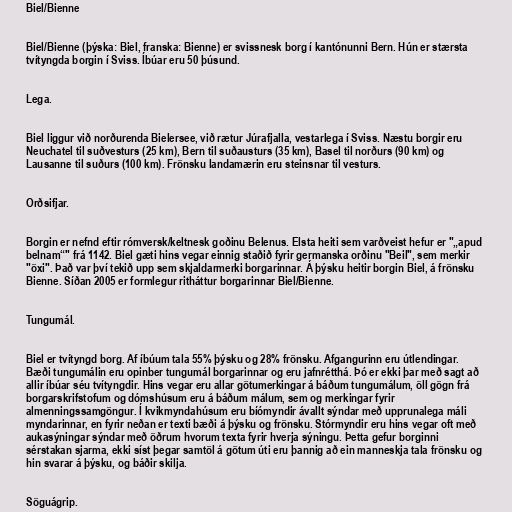
Biel/Bienne

Biel/Bienne (þýska: Biel, franska: Bienne) er svissnesk borg í kantónunni Bern. Hún er stærsta
tvítyngda borgin í Sviss. Íbúar eru 50 þúsund.

Lega.

Biel liggur við norðurenda Bielersee, við rætur Júrafjalla, vestarlega í Sviss. Næstu borgir eru
Neuchatel til suðvesturs (25 km), Bern til suðausturs (35 km), Basel til norðurs (90 km) og
Lausanne til suðurs (100 km). Frönsku landamærin eru steinsnar til vesturs.

Orðsifjar.

Borgin er nefnd eftir rómversk/keltnesk goðinu Belenus. Elsta heiti sem varðveist hefur er "„apud
belnam“" frá 1142. Biel gæti hins vegar einnig staðið fyrir germanska orðinu "Beil", sem merkir
"öxi". Það var því tekið upp sem skjaldarmerki borgarinnar. Á þýsku heitir borgin Biel, á frönsku
Bienne. Síðan 2005 er formlegur ritháttur borgarinnar Biel/Bienne.

Tungumál.

Biel er tvítyngd borg. Af íbúum tala 55% þýsku og 28% frönsku. Afgangurinn eru útlendingar.
Bæði tungumálin eru opinber tungumál borgarinnar og eru jafnrétthá. Þó er ekki þar með sagt að
allir íbúar séu tvítyngdir. Hins vegar eru allar götumerkingar á báðum tungumálum, öll gögn frá
borgarskrifstofum og dómshúsum eru á báðum málum, sem og merkingar fyrir
almenningssamgöngur. Í kvikmyndahúsum eru bíómyndir ávallt sýndar með upprunalega máli
myndarinnar, en fyrir neðan er texti bæði á þýsku og frönsku. Stórmyndir eru hins vegar oft með
aukasýningar sýndar með öðrum hvorum texta fyrir hverja sýningu. Þetta gefur borginni
sérstakan sjarma, ekki síst þegar samtöl á götum úti eru þannig að ein manneskja tala frönsku og
hin svarar á þýsku, og báðir skilja.

Söguágrip.